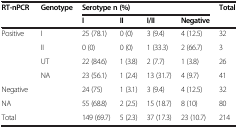
<table><thead><tr><td rowspan="2"><b>RT-nPCR</b></td><td rowspan="2"><b>Genotype</b></td><td colspan="4"><b>Serotype n (%)</b></td><td rowspan="2"><b>Total</b></td></tr><tr><td><b>I</b></td><td><b>II</b></td><td><b>I/II</b></td><td><b>Negative</b></td></tr></thead><tbody><tr><td rowspan="3">Positive</td><td>I</td><td>25 (78.1)</td><td>0 (0)</td><td>3 (9.4)</td><td>4 (12.5)</td><td>32</td></tr><tr><td>II</td><td>0 (0)</td><td>0 (0)</td><td>1 (33.3)</td><td>2 (66.7)</td><td>3</td></tr><tr><td>UT</td><td>22 (84.6)</td><td>1 (3.8)</td><td>2 (7.7)</td><td>1 (3.8)</td><td>26</td></tr><tr><td> </td><td>NA</td><td>23 (56.1)</td><td>1 (2.4)</td><td>13 (31.7)</td><td>4 (9.7)</td><td>41</td></tr><tr><td>Negative</td><td> </td><td>24 (75)</td><td>1 (3.1)</td><td>3 (9.4)</td><td>4 (12.5)</td><td>32</td></tr><tr><td>NA</td><td> </td><td>55 (68.8)</td><td>2 (2.5)</td><td>15 (18.7)</td><td>8 (10)</td><td>80</td></tr><tr><td>Total</td><td> </td><td>149 (69.7)</td><td>5 (2.3)</td><td>37 (17.3)</td><td>23 (10.7)</td><td>214</td></tr></tbody></table>